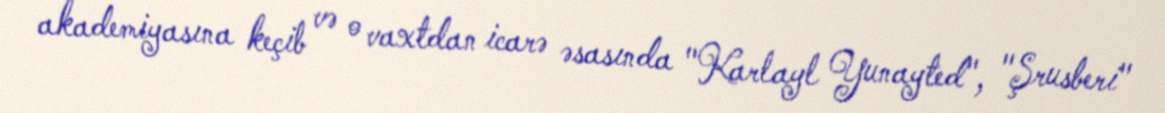
akademiyasına keçib və o vaxtdan icarə əsasında "Karlayl Yunayted", "Şrusberi"